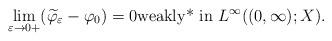
LaTeX: \begin{align*}\displaystyle \lim_{\varepsilon \to 0+} (\widetilde \varphi_\varepsilon - \varphi_0) = 0 \mbox{\rm weakly* in }L^\infty((0,\infty);X).\end{align*}